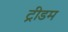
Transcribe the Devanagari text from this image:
ट्रीडम